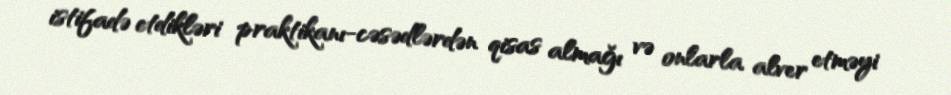
istifadə etdikləri praktikanı-cəsədlərdən qisas almağı və onlarla alver etməyi